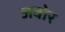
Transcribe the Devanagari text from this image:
जबोर